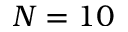
N = 1 0